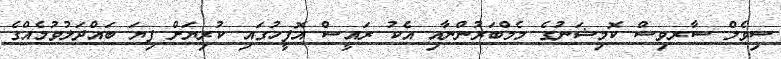
ސިވެލް ސާރވިސް ކޮމިޝަނުގެ މެމްބަރުންނާއި އެކު ރައީސް އޮފީހުގައި ކުރިޔަށް ފިޔަ ބައްދަލުވުމެއްގެ